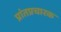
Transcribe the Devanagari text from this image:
प्रांतप्रचारक